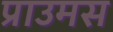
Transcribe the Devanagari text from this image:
प्राउमस